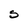
Character: S